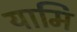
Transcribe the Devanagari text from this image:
यामि